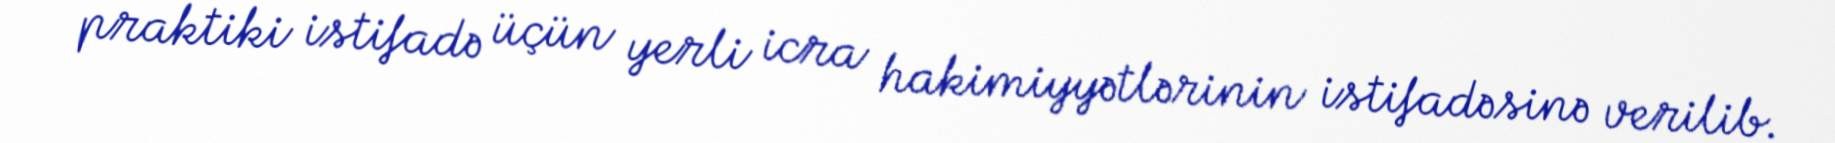
praktiki istifadə üçün yerli icra hakimiyyətlərinin istifadəsinə verilib.